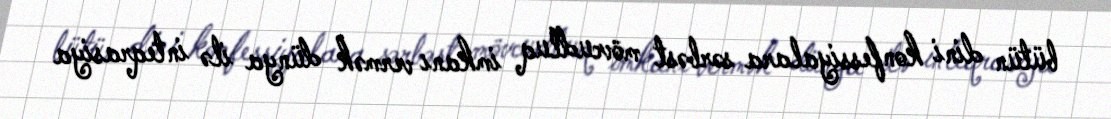
bütün dini konfessiyalara sərbəst mövcudluq imkanı vermək dünya ilə inteqrasiya